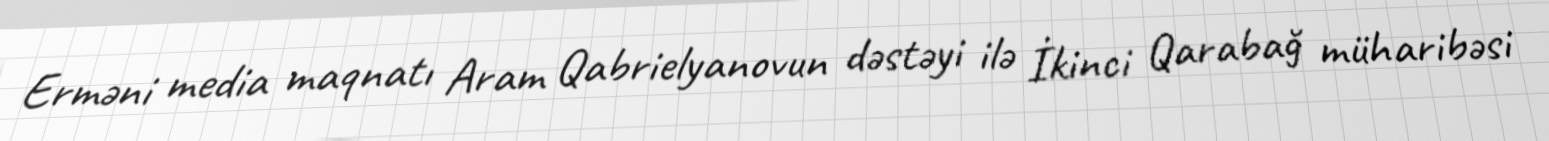
Erməni media maqnatı Aram Qabrielyanovun dəstəyi ilə İkinci Qarabağ müharibəsi